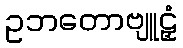
ဥဘတောဗျူဠှံ